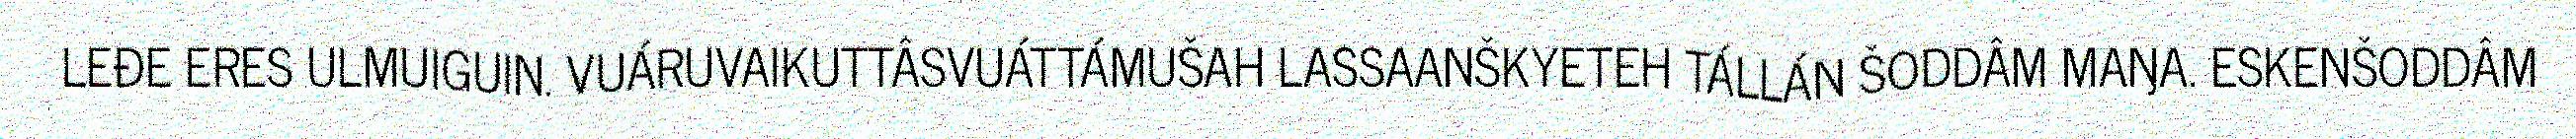
LEĐE ERES ULMUIGUIN. VUÁRUVAIKUTTÂSVUÁTTÁMUŠAH LASSAANŠKYETEH TÁLLÁN ŠODDÂM MAŊA. ESKENŠODDÂM